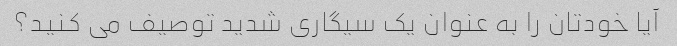
آیا خودتان را به عنوان یک سیگاری شدید توصیف می کنید؟